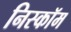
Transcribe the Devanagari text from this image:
निस्कॉम